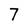
Character: 7